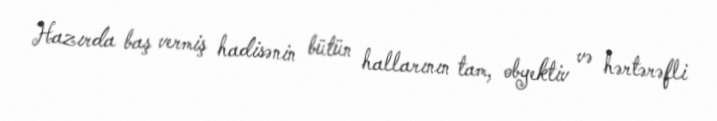
Hazırda baş vermiş hadisənin bütün hallarının tam, obyektiv və hərtərəfli